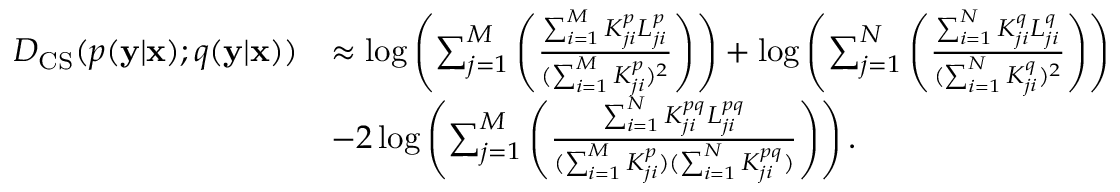
\begin{array} { r l } { D _ { \mathrm { C S } } ( p ( \mathbf { y } | \mathbf { x } ) ; q ( \mathbf { y } | \mathbf { x } ) ) } & { \approx \log \left( \sum _ { j = 1 } ^ { M } \left( \frac { \sum _ { i = 1 } ^ { M } K _ { j i } ^ { p } L _ { j i } ^ { p } } { ( \sum _ { i = 1 } ^ { M } K _ { j i } ^ { p } ) ^ { 2 } } \right) \right) + \log \left( \sum _ { j = 1 } ^ { N } \left( \frac { \sum _ { i = 1 } ^ { N } K _ { j i } ^ { q } L _ { j i } ^ { q } } { ( \sum _ { i = 1 } ^ { N } K _ { j i } ^ { q } ) ^ { 2 } } \right) \right) } \\ & { - 2 \log \left( \sum _ { j = 1 } ^ { M } \left( \frac { \sum _ { i = 1 } ^ { N } K _ { j i } ^ { p q } L _ { j i } ^ { p q } } { ( \sum _ { i = 1 } ^ { M } K _ { j i } ^ { p } ) ( \sum _ { i = 1 } ^ { N } K _ { j i } ^ { p q } ) } \right) \right) . } \end{array}